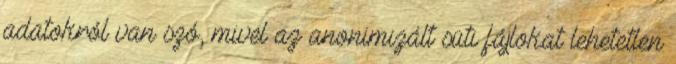
adatokról van szó, mivel az anonimizált süti fájlokat lehetetlen